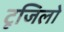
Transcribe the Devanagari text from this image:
टूजिलो